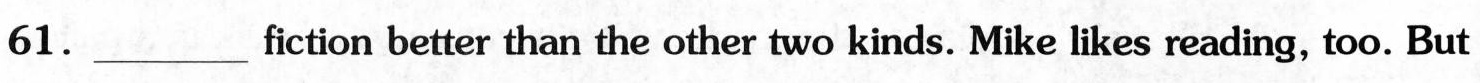
61.___fiction better than the other two kinds. Mike likes reading, too. But